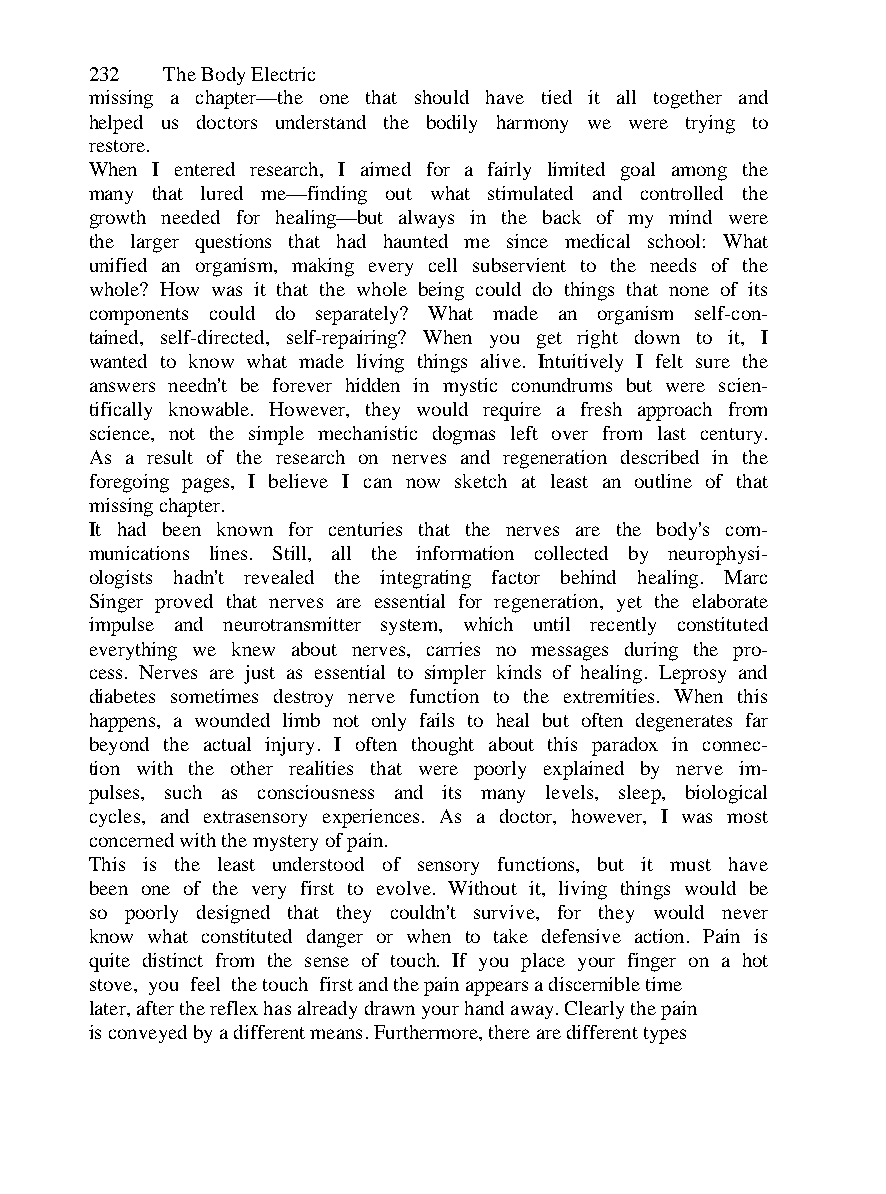
232  The Body Electric
 missing a chapter—the one that should have tied it all together and
 helped us doctors understand the bodily harmony we were trying to
 restore.
 When I entered research, I aimed for a fairly limited goal among the
 many that lured me—finding out what stimulated and controlled the
 growth needed for healing—but always in the back of my mind were
 the larger questions that had haunted me since medical school: What
 unified an organism, making every cell subservient to the needs of the
 whole? How was it that the whole being could do things that none of its
 components could do separately? What made an organism self-con-
 tained, self-directed, self-repairing? When you get right down to it, I
 wanted to know what made living things alive. Intuitively I felt sure the
 answers needn't be forever hidden in mystic conundrums but were scien-
 tifically knowable. However, they would require a fresh approach from
 science, not the simple mechanistic dogmas left over from last century.
 As a result of the research on nerves and regeneration described in the
 foregoing pages, I believe I can now sketch at least an outline of that
 missing chapter.
 It had been known for centuries that the nerves are the body's com-
 munications lines. Still, all the information collected by neurophysi-
 ologists hadn't revealed the integrating factor behind healing. Marc
 Singer proved that nerves are essential for regeneration, yet the elaborate
 impulse and neurotransmitter system, which until recently constituted
 everything we knew about nerves, carries no messages during the pro-
 cess. Nerves are just as essential to simpler kinds of healing. Leprosy and
 diabetes sometimes destroy nerve function to the extremities. When this
 happens, a wounded limb not only fails to heal but often degenerates far
 beyond the actual injury. I often thought about this paradox in connec-
 tion with the other realities that were poorly explained by nerve im-
 pulses, such as consciousness and its many levels, sleep, biological
 cycles, and extrasensory experiences. As a doctor, however, I was most
 concerned with the mystery of pain.
 This is the least understood of sensory functions, but it must have
 been one of the very first to evolve. Without it, living things would be
 so poorly designed that they couldn't survive, for they would never
 know what constituted danger or when to take defensive action. Pain is
 quite distinct from the sense of touch. If you place your finger on a hot
 stove, you feel the touch first and the pain appears a discernible time
 later, after the reflex has already drawn your hand away. Clearly the pain
 is conveyed by a different means. Furthermore, there are different types